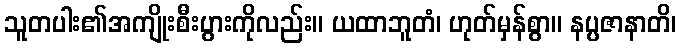
သူတပါး၏အကျိုးစီးပွားကိုလည်း။ ယထာဘူတံ၊ ဟုတ်မှန်စွာ။ နပ္ပဇာနာတိ၊